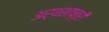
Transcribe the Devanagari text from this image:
अर्थशाष्त्री